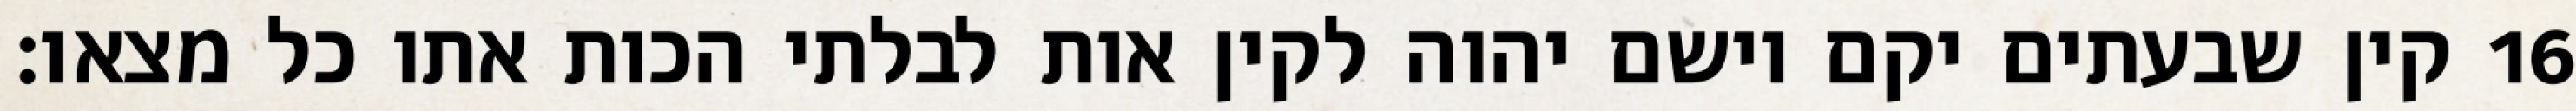
קין שבעתים יקם וישם יהוה לקין אות לבלתי הכות אתו כל מצאו׃ ‎16‏